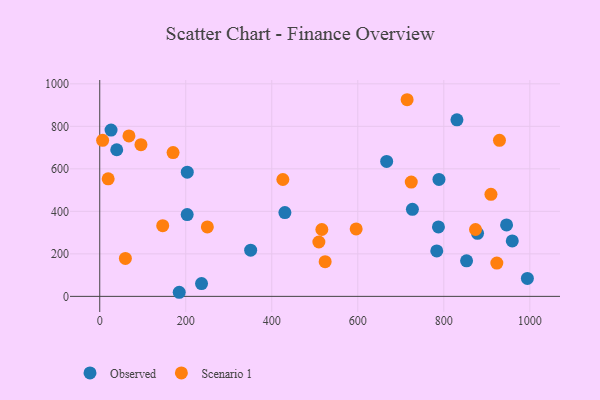
{"axis": {"x": "Speed", "y": "Fuel Efficiency"}, "legend": ["Observed", "Scenario 1"], "data": [{"x": "878.4", "y": 296.4, "type": "Observed"}, {"x": "236.7", "y": 60.2, "type": "Observed"}, {"x": "788.7", "y": 550.2, "type": "Observed"}, {"x": "203.5", "y": 584.4, "type": "Observed"}, {"x": "350.9", "y": 217.3, "type": "Observed"}, {"x": "959.2", "y": 261.0, "type": "Observed"}, {"x": "184.8", "y": 19.2, "type": "Observed"}, {"x": "830.5", "y": 830.7, "type": "Observed"}, {"x": "783.6", "y": 213.9, "type": "Observed"}, {"x": "26.3", "y": 782.6, "type": "Observed"}, {"x": "667.1", "y": 635.0, "type": "Observed"}, {"x": "787.5", "y": 326.8, "type": "Observed"}, {"x": "203.3", "y": 384.8, "type": "Observed"}, {"x": "994.3", "y": 84.2, "type": "Observed"}, {"x": "852.9", "y": 167.2, "type": "Observed"}, {"x": "39.5", "y": 689.8, "type": "Observed"}, {"x": "727.0", "y": 409.5, "type": "Observed"}, {"x": "430.5", "y": 394.2, "type": "Observed"}, {"x": "945.9", "y": 336.1, "type": "Observed"}, {"x": "524.1", "y": 163.2, "type": "Scenario 1"}, {"x": "909.6", "y": 480.0, "type": "Scenario 1"}, {"x": "6.7", "y": 734.1, "type": "Scenario 1"}, {"x": "250.2", "y": 326.6, "type": "Scenario 1"}, {"x": "509.5", "y": 255.8, "type": "Scenario 1"}, {"x": "516.4", "y": 314.6, "type": "Scenario 1"}, {"x": "929.4", "y": 734.4, "type": "Scenario 1"}, {"x": "67.9", "y": 754.9, "type": "Scenario 1"}, {"x": "19.6", "y": 553.2, "type": "Scenario 1"}, {"x": "873.7", "y": 314.5, "type": "Scenario 1"}, {"x": "59.6", "y": 178.3, "type": "Scenario 1"}, {"x": "596.2", "y": 317.5, "type": "Scenario 1"}, {"x": "923.3", "y": 156.7, "type": "Scenario 1"}, {"x": "170.5", "y": 676.6, "type": "Scenario 1"}, {"x": "724.3", "y": 537.7, "type": "Scenario 1"}, {"x": "146.4", "y": 332.6, "type": "Scenario 1"}, {"x": "95.8", "y": 713.8, "type": "Scenario 1"}, {"x": "425.8", "y": 549.9, "type": "Scenario 1"}, {"x": "714.7", "y": 925.2, "type": "Scenario 1"}]}